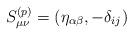
LaTeX: \begin{align*}S^{(p)}_{\mu\nu} = (\eta_{\alpha \beta}, -\delta_{ij})\end{align*}